Annual report on the working of the lock hospitals in the North-Western Provinces and Oudh
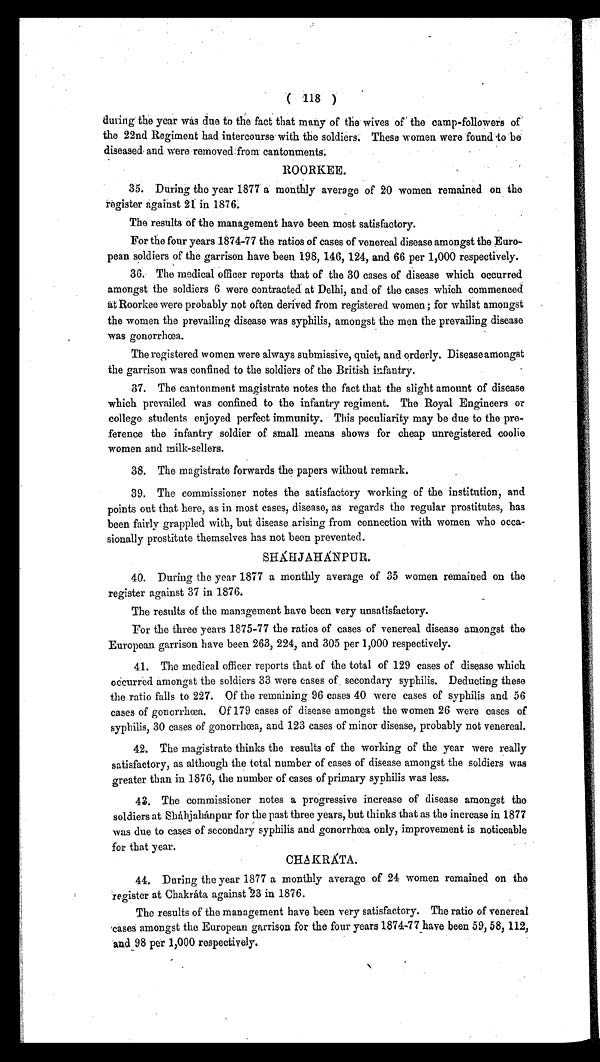
( 118 )
during the year was due to the fact that many of the wives of the camp-followers of
the 22nd Regiment had intercourse with the soldiers. These women were found to be
diseased and were removed from cantonments.
ROORKEE.
35. During the year 1877 a monthly average of 20 women remained on the
register against 21 in 1876.
The results of the management have been most satisfactory.
For the four years 1874-77 the ratios of cases of venereal disease amongst the Euro-
pean soldiers of the garrison have been 198, 146, 124, and 66 per 1,000 respectively.
36. The medical officer reports that of the 30 cases of disease which occurred
amongst the soldiers 6 were contracted at Delhi, and of the cases which commenced
at Roorkee were probably not often derived from registered women; for whilst amongst
the women the prevailing disease was syphilis, amongst the men the prevailing disease
was gonorrhœa.
The registered women were always submissive, quiet, and orderly. Disease amongst
the garrison was confined to the soldiers of the British infantry.
37. The cantonment magistrate notes the fact that the slight amount of disease
which prevailed was confined to the infantry regiment. The Royal Engineers or
college students enjoyed perfect immunity. This peculiarity may be due to the pre-
ference the infantry soldier of small means shows for cheap unregistered coolie
women and milk-sellers.
38. The magistrate forwards the papers without remark.
39. The commissioner notes the satisfactory working of the institution, and
points out that here, as in most cases, disease, as regards the regular prostitutes, has
been fairly grappled with, but disease arising from connection with women who occa-
sionally prostitute themselves has not been prevented.
SHÁHJAHÁNPUR.
40. During the year 1877 a monthly average of 35 women remained on the
register against 37 in 1876.
The results of the management have been very unsatisfactory.
For the three years 1875-77 the ratios of cases of venereal disease amongst the
European garrison have been 263, 224, and 305 per 1,000 respectively.
41. The medical officer reports that of the total of 129 cases of disease which
occurred amongst the soldiers 33 were eases of secondary syphilis. Deducting these
the ratio falls to 227. Of the remaining 96 cases 40 were cases of syphilis and 56
cases of gonorrhœa. Of 179 cases of disease amongst the women 26 were cases of
syphilis, 30 cases of gonorrhœa, and 123 cases of minor disease, probably not venereal.
42. The magistrate thinks the results of the working of the year were really
satisfactory, as although the total number of cases of disease amongst the soldiers was
greater than in 1876, the number of cases of primary syphilis was less.
43. The commissioner notes a progressive increase of disease amongst the
soldiers at Sháhjahánpur for the past three years, but thinks that as the increase in 1877
was due to cases of secondary syphilis and gonorrhœa only, improvement is noticeable
for that year.
CHAKRÁTA.
44. During the year 1877 a monthly average of 24 women remained on the
register at Chakráta against 23 in 1876.
The results of the management have been very satisfactory. The ratio of venereal
cases amongst the European garrison for the four years 1874-77 have been 59, 58, 112,
and 98 per 1,000 respectively.